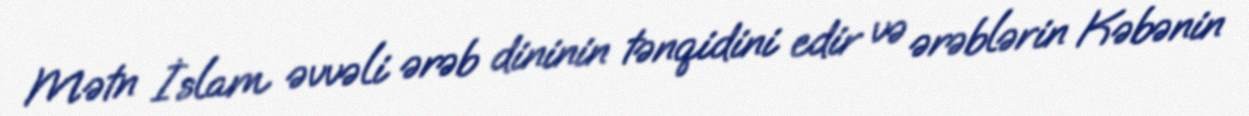
Mətn İslam əvvəli ərəb dininin tənqidini edir və ərəblərin Kəbənin